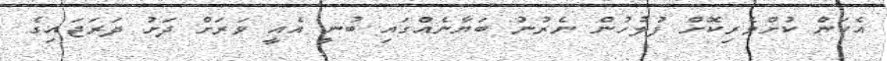
އެކަން ކުށްވެރިކޮށް ފުލުހުން ނެރުނު ބަޔާނެއްގައި ބުނީ އެއީ ވަރަށް ދަށު ދަރަޖައިގެ